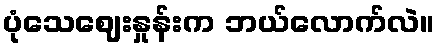
ပုံသေဈေးနှုန်းက ဘယ်လောက်လဲ။